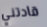
قادتني